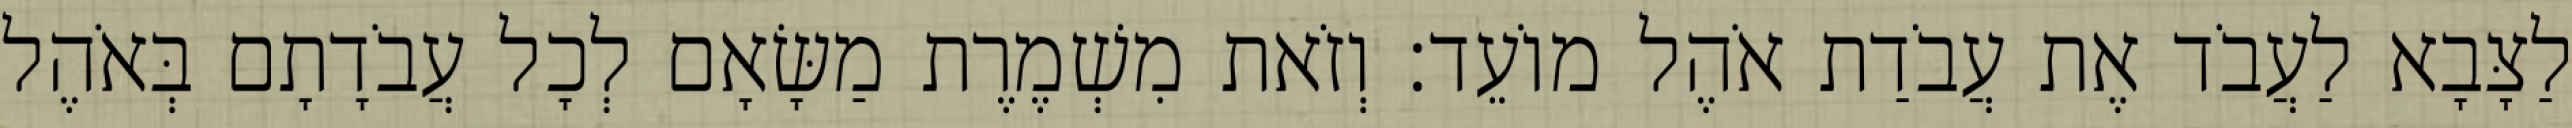
לַצָּבָא לַעֲבֹד אֶת עֲבֹדַת אֹהֶל מוֹעֵד׃ וְזֹאת מִשְׁמֶרֶת מַשָּׂאָם לְכָל עֲבֹדָתָם בְּאֹהֶל